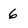
Character: 6